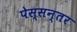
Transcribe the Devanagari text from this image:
पेस्सन्तर